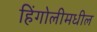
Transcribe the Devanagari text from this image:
हिंगोलीमधील